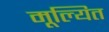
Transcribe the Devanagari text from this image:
मूल्यित